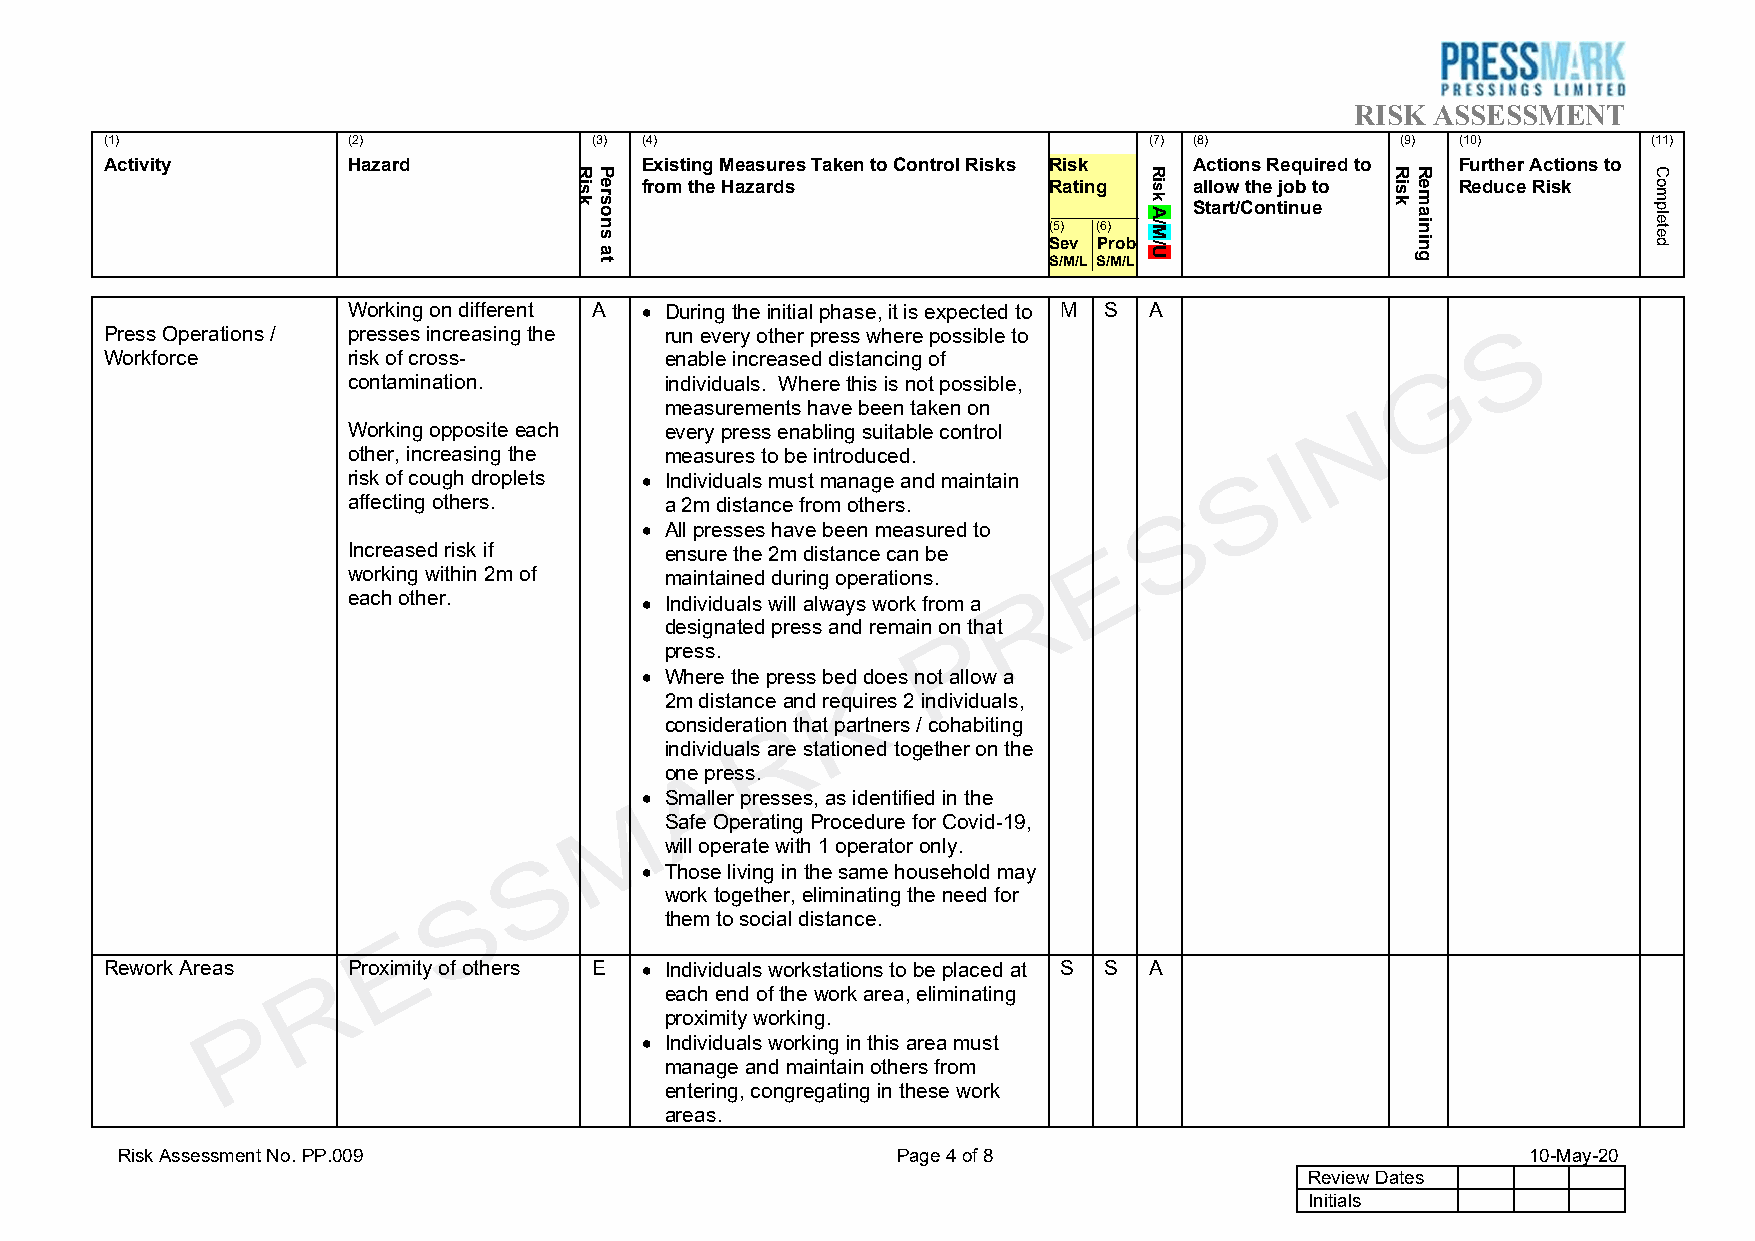
RISK ASSESSMENT
 (1)             (2)             (3) (4)                              (7) (8)          (9) (10)        (11)
 Activity        Hazard             Existing Measures Taken to Control Risks Risk Actions Required to Further Actions to
 from the Hazards           Rating    allow the job to  Reduce Risk
 Start/Continue
 (5) (6)
 Sev Prob
 S/M/L S/M/L
 Working on different A • During the initial phase, it is expected to M S A
 Press Operations / presses increasing the run every other press where possible to
 Workforce       risk of cross-       enable increased distancing of
 contamination.       individuals. Where this is not possible,
 measurements have been taken on
 Working opposite each every press enabling suitable control
 other, increasing the measures to be introduced.
 risk of cough droplets • Individuals must manage and maintain
 affecting others.    a 2m distance from others.
 • All presses have been measured to
 Increased risk if    ensure the 2m distance can be
 working within 2m of maintained during operations.
 each other.        • Individuals will always work from a
 designated press and remain on that
 press.
 • Where the press bed does not allow a
 2m distance and requires 2 individuals,
 consideration that partners / cohabiting
 individuals are stationed together on the
 one press.
 • Smaller presses, as identified in the
 Safe Operating Procedure for Covid-19,
 will operate with 1 operator only.
 • Those living in the same household may
 work together, eliminating the need for
 them to social distance.
 Rework Areas    Proximity of others E • Individuals workstations to be placed at S S A
 each end of the work area, eliminating
 proximity working.
 • Individuals working in this area must
 manage and maintain others from
 entering, congregating in these work
 areas.
 Risk Assessment No. PP.009                         Page 4 of 8                               10-May-20
 Review Dates
 Initials
 Risk Persons
 at
 Risk
 A/M/U
 Risk Remaining   Completed